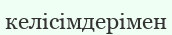
келісімдерімен